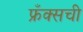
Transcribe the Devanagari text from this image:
फ्रँक्सची